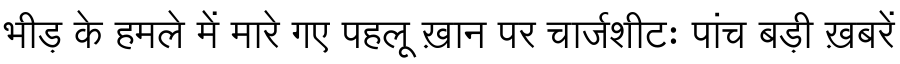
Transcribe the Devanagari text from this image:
भीड़ के हमले में मारे गए पहलू ख़ान पर चार्जशीटः पांच बड़ी ख़बरें